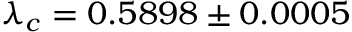
\lambda _ { c } = 0 . 5 8 9 8 \pm 0 . 0 0 0 5